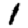
Digit: 1